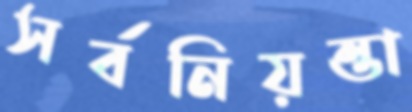
সর্বনিয়ন্তা